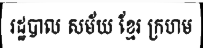
រដ្ឋបាល សម័យ ខ្មែរ ក្រហម